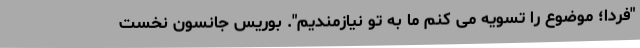
"فردا؛ موضوع را تسویه می کنم ما به تو نیازمندیم". بوریس جانسون نخست